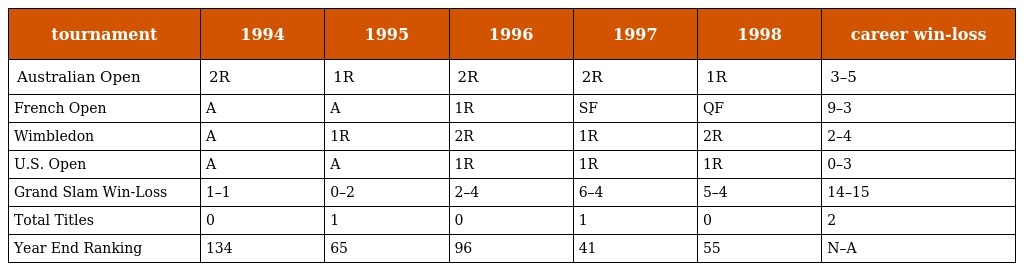
| tournament | 1994 | 1995 | 1996 | 1997 | 1998 | career win-loss |
 | --- | --- | --- | --- | --- | --- | --- |
 | Australian Open | 2R | 1R | 2R | 2R | 1R | 3–5 |
 | French Open | A | A | 1R | SF | QF | 9–3 |
 | Wimbledon | A | 1R | 2R | 1R | 2R | 2–4 |
 | U.S. Open | A | A | 1R | 1R | 1R | 0–3 |
 | Grand Slam Win-Loss | 1–1 | 0–2 | 2–4 | 6–4 | 5–4 | 14–15 |
 | Total Titles | 0 | 1 | 0 | 1 | 0 | 2 |
 | Year End Ranking | 134 | 65 | 96 | 41 | 55 | N–A |